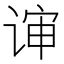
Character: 谉